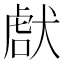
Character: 𤟜